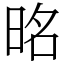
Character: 㫥